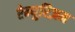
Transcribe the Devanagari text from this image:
ऐन्युरिज़म